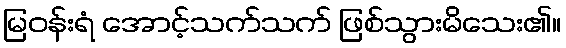
မြဝန်းရံ အောင့်သက်သက် ဖြစ်သွားမိသေး၏။